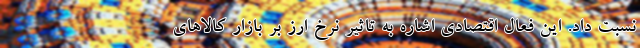
نسبت داد. این فعال اقتصادی اشاره به تاثیر نرخ ارز بر بازار کالاهای